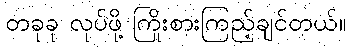
တခုခု လုပ်ဖို့ ကြိုးစားကြည့်ချင်တယ်။